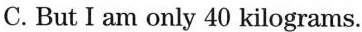
C. But I am only 40 kilograms.